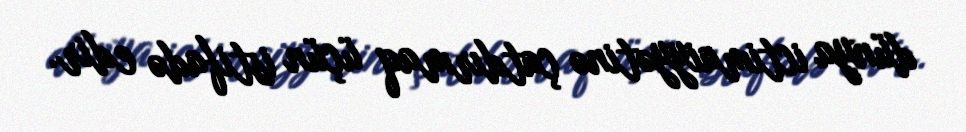
dünya ictimaiyyətinə çatdırmaq üçün istifadə edir.